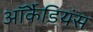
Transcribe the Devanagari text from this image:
ऑर्कैडियंस